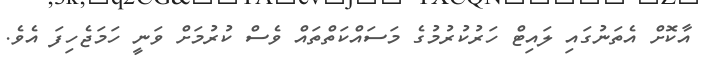
އާކޮށް އެތަނުގައި ލައިޓް ހަރުކުރުމުގެ މަސައްކަތްތައް ވެސް ކުރުމަށް ވަނީ ހަަމަޖެހިފަ އެވެ.